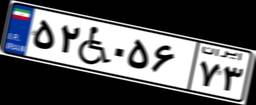
۵۲W۱۹۴۷۶